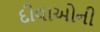
દીવાઓની